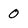
Character: 0